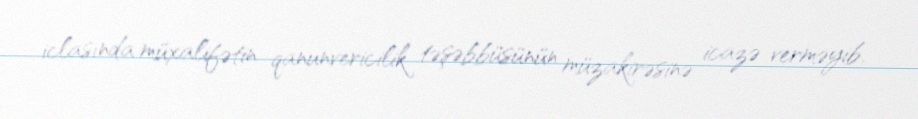
iclasında müxalifətin qanunvericilik təşəbbüsünün müzakirəsinə icazə verməyib.